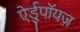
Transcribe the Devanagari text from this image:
ऐर्डुपॉयज़